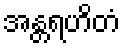
အန္တရဟိတံ